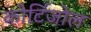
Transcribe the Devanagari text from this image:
कोर्टिजोल